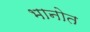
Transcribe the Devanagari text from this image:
भानोत